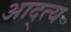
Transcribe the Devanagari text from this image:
आद्त्य